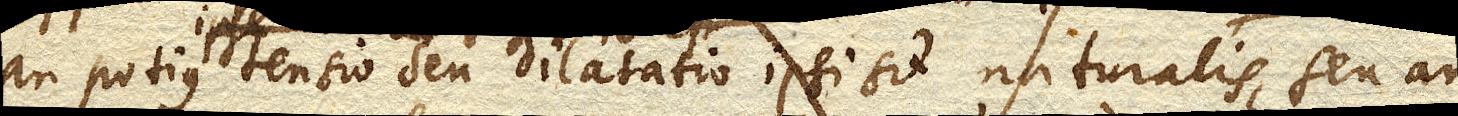
an potius tensio seu dilatatio ipsi sit naturalis, seu an